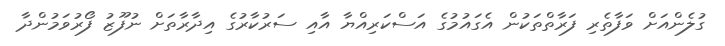
ގުލެންއަށް ވަފާތެރި ފަރާތްތަކުން އެގައުމުގެ އަސްކަރިއްޔާ އާއި ސަރުކާރުގެ އިދާރާތަށް ނުފޫޒު ފޯރުވަމުންދާ